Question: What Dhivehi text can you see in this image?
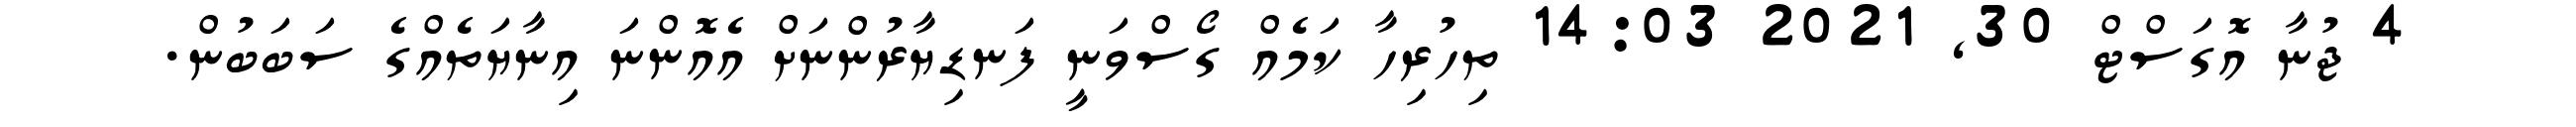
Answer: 4 ޖުނާ އޮގަސްޓް 30, 2021 14:03 ތިހުރިހާ ކަމެއް ގޯސްވަނީ ފަނޑިޔާރުންނަށް އެއޮންނަ އިނާޔަތެއްގެ ސަބަބުން.